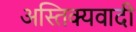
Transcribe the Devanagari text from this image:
अस्तिक्यवादी